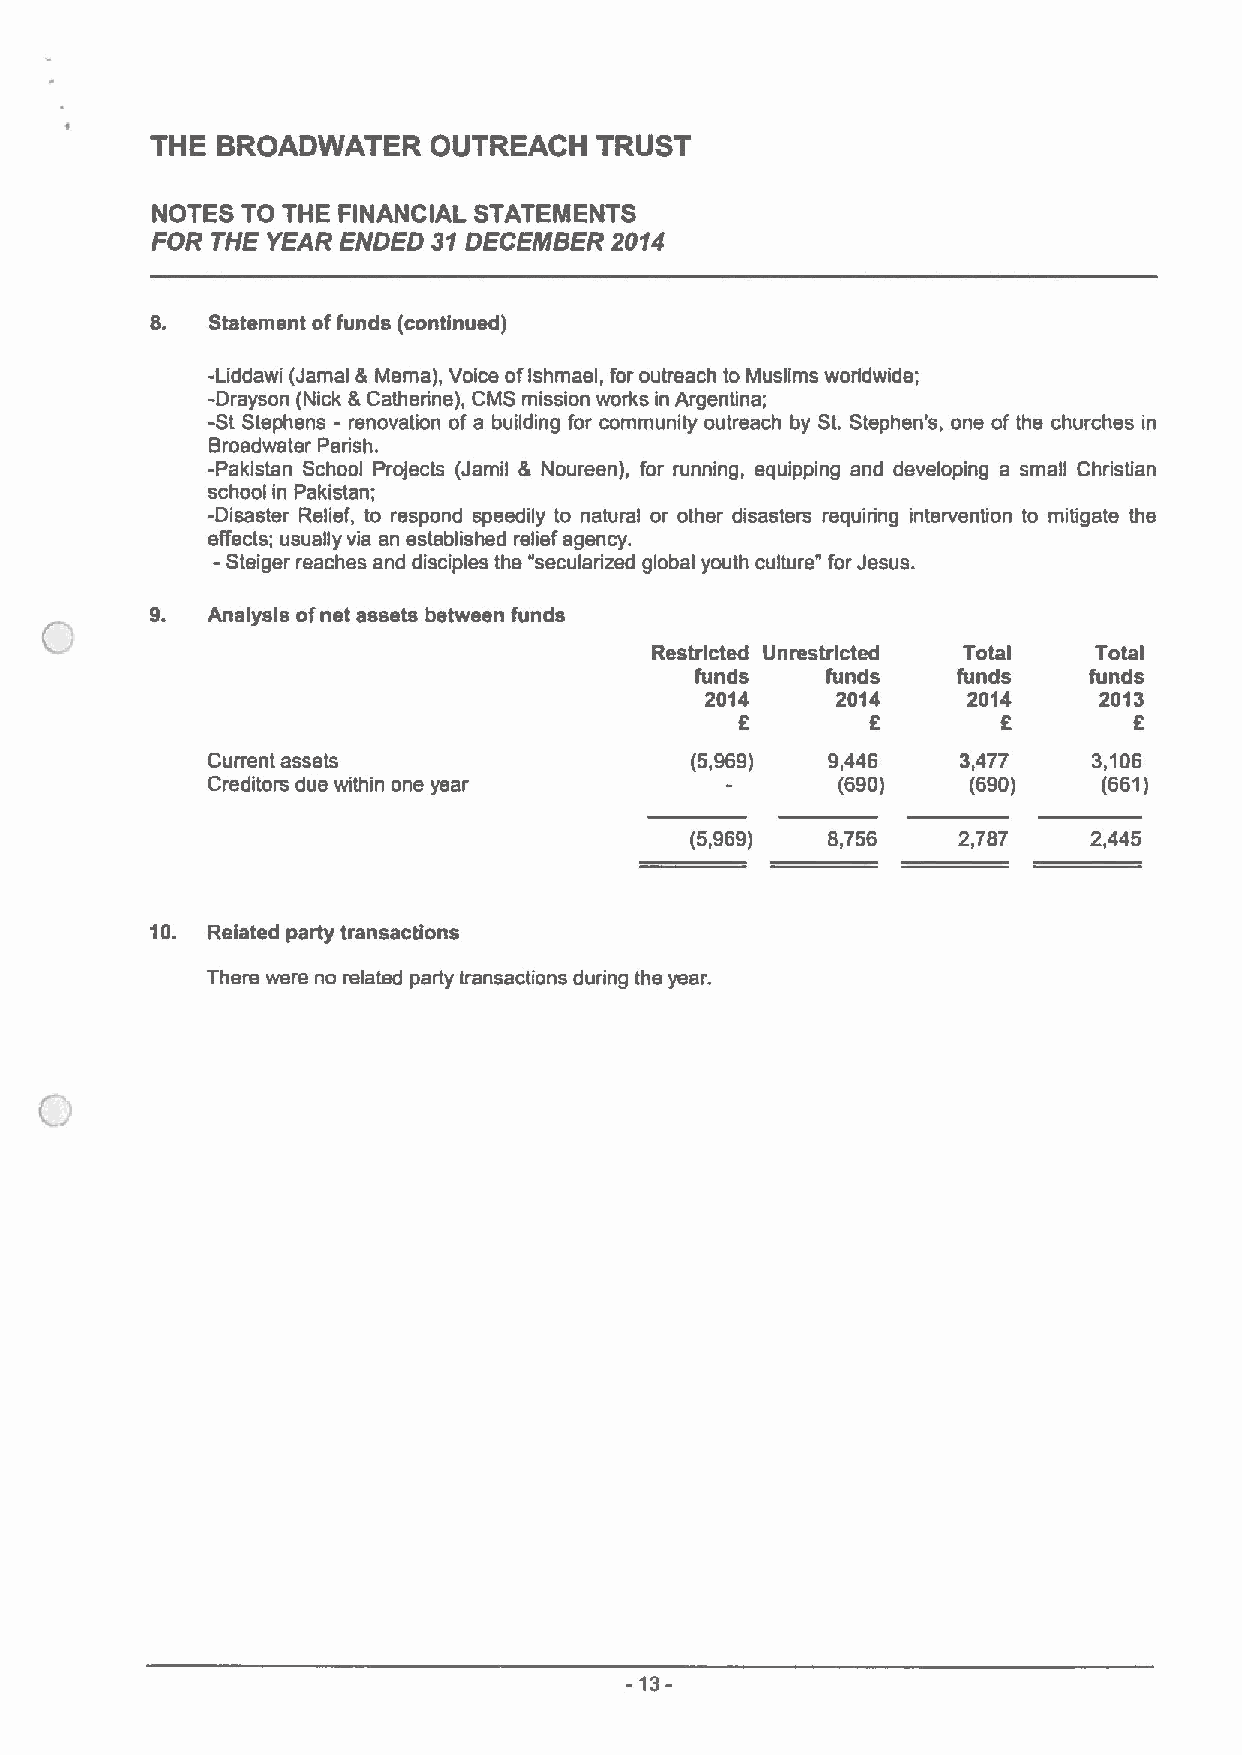
THE BROADWATER     OUTREACH  TRUST
 NOTES TO THE FINANCIAL STATEMENTS
 FOR THE YEAR ENDED 31DECEMBER 2014
 8.  Statement offunds (continued)
 -Liddawi (Jamal &Meme), Voice ofIshmael, for outreach to Muslims worldwide;
 -Drayson (Nick &Catherine), CMS mission works in Argentina;
 -St Stephens - renovation of a building for community outreach by St. Stephen's, one of the churches in
 Broadwater Parish.
 -Pakistan School Projects (Jamil & Noureen), for running, equipping and developing a small Christian
 school in Pakistan;
 -Disaster Relief, to respond speedily to natural or other disasters requiring intervention to mitigate the
 effects; usually via an established relief agency.
 -
 Steiger reaches and disciples the "secularized global youth culture" for Jesus.
 Analysis ofnet assets between funds
 Restricted Unrestricted Total Total
 funds    funds   funds    funds
 2014    2014     2014     2013
 8        8       8        8
 Current assets                  (5,969)  9,446    3,477   3,106
 Creditors due within one year             (690)   (690)    (661)
 (5,969)  8,756   2,787    2,445
 10. Related party transactions
 There were no related party transactions during the year.
 -13-